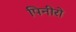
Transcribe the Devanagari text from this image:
पिनीरो